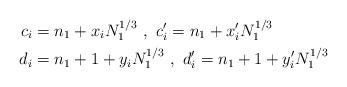
LaTeX: \begin{align*}c_i&=n_1+x_iN_1^{1/3}\,\,,\,\, c'_i=n_1+x'_iN_1^{1/3}\\d_i&=n_1+1+y_iN_1^{1/3}\,\,,\,\, d'_i=n_1+1+y'_iN_1^{1/3}\end{align*}